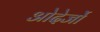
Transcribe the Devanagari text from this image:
ओदेर्जो